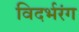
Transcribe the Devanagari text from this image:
विदर्भरंग